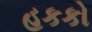
હકકો